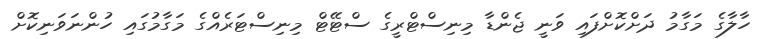
ހާލާގެ މަގާމު ދަށްކޮށްފައި ވަނީ ޖެންޑާ މިނިސްޓްރީގެ ސްޓޭޓް މިނިސްޓަރެއްގެ މަގާމުގައި ހުންނަވަނިކޮށް